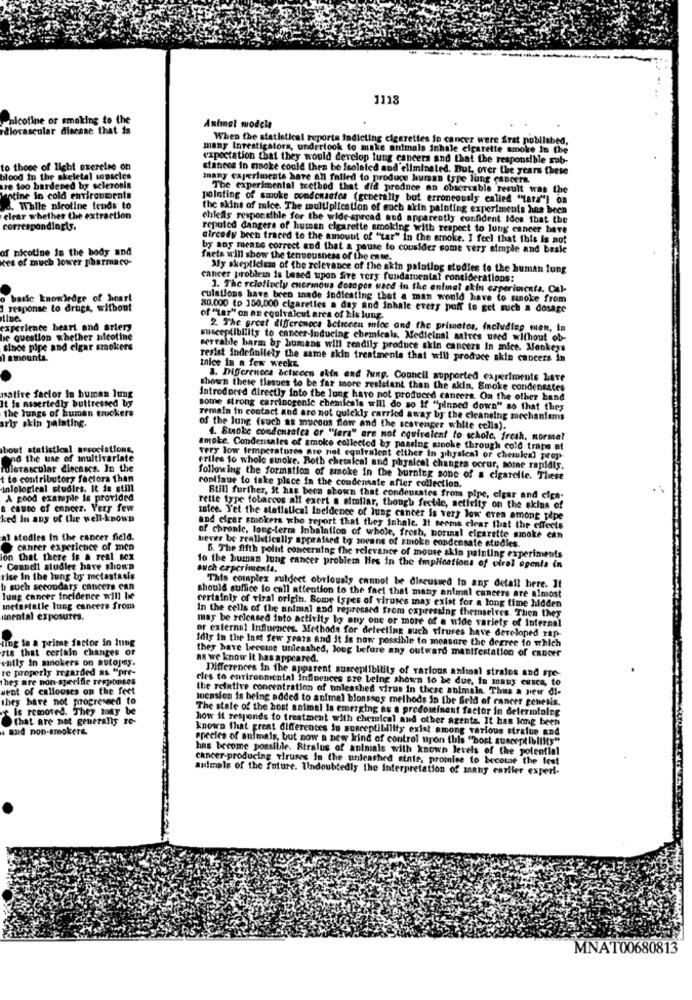
1113
proicofine or smoking to the
rdiovascular disease that is
Animal models
When the statistical reporta Indicting cigarettes in cancer were Srst nobiltbed,
many Investigators, undertook to make animale inhale cigarette smoke in the
expectation that they would develop lung cancers and that the responsible sub-
to those of light exerelse on
stanees in moke could then be isolated and'eliminated. But, over the years these
blood In the skeletal muscles
many cajeriments have an failed to produce bursan type lung cancers.
tre 100 bardened by sclerosis
The experimental trethod that did produce an observable result was the
lentine in cold environments
pointing of smoke condensatea (generally but erroneousis called "tata"] On
d. While nicotine tends to
the skins of mice. The multiplication of such skin painting experiments hes been
clear whether the extraction
chiefls responsible for the wide spread oud apparently confident Idea that the
correspondingty,
reputed dangers of hutsan cigarette smoking with respect to lung cancer have
already been traced to the amount of "tar" in the smoke. I feel that this is not
of nicotine In the body and
by any means correct and that a pause to consider some very simple and basle
kes of much lower pharmaco-
frets will show the tenuousness of the case.
Mly skepticism of the relevance of the akin paintlog studies to the human lung
cancer problemn is based upon fire vers fundamental considerations:
1. The selotiecly encrmnous dosages waed in the animal skin experiments. Cal-
o basic knowledge of heart
culations have been innde indicating that a man would have to manoke from
response to drugs, without
80.000 (p 150,000 cigarettes a day and inhale evers puff to get such a dosage
of "Lar" on ar equivalcut area of his lung.
experience heart and artery
2. The great differenoca &cticcen mice and the primatos, including wien, in
he question whether nicotine
susceptibility to cancer-inducing chemicals, Medicinal satres used without ob-
since pipe and elgar smokers
serrable barm by humans will readily produce skin cancers In mice. Monkeys
1 amounts.
resist indefinitely the same skin treatments that will produce skin cancers in
tnice in a few weeks,
3. Differences acticcen skin and lung. Council supported experiments Lave
thown these tlasues to be far more resistant than the skin, Smoke condensates
satire factor In buman lung
t is assertedly buttressed by
Introduced directly into the lung have not produced cancers. On the other hand
the lungs of human truckers
some Wrong carcinogenic chemicals will do so If "'pinned down" so that they
ris skin painting.
remain in contact and are not quickly carried away by the cleansing mechanisms
of the lung (such as mucous flow and the scavenger white cells).
4. Smoke condensafes or "lara" are not equivalent to scholc, fresh, normal
bout statistical associations,
smoke. Condensales of smoke collected by passing ssooke through cold traps at
Ond the use of multivariate
very low temperatures are not equivalent either in physical or chemleal prop-
idierascular diecasca. In the
Friles to whole smoke. Both chemical and physical changes ocror, somne rapidis.
t to contributory factors than
following the formation of smoke in the burning sone of a cigarette. These
inlological studies, It is still
continue to take place in the condensate after collection.
A good example is provided
Still further, it has been shown that condensates from pipe, cigar and cice-
a cauto of canerz. Very few
rette type tobaccos all exert a similar, though fertile, activity on the skins of
ked In any of the well-known
safee. Yet the statistical Incidence of lung cancer is very low erea among pipe
and clear smokers who report that they inhale. It seems clear that the effects
el stodles In the cancer field.
of chronic, long-term Inhalation of whole, fresh, borinal cigarette smoke can
bever be realistically appraised by mocans of smoke condensate studies.
canter experience of men
ion that there is a real Box
6. The fifth point concerning the relevance of mouse skin painting experiments
Council studies have shown
auch erperimenta.
10 the buman lung cancer problem Hes in the implications of viral ogenta in
rise In the lung by metastasis
b such secondary cancers can
This complex suldect obviously cannot be discussed in any detail here. It
lung cancer Incidence will be
should suffice to call attention to the fact that many animal cancers are almost
meterfalle lung cancers from
certainly of viral origin. Some Ispes of viruses may exist for a long time hidden
imental exposures.
In the cells of the animal and repressed from expressing themselves. Then they
may be released into activity by any one or more of a wide variety of internal
or external Influences. Methods for detecting such viruses have developed rap-
ding to a prime factor in Iung
fly in the Inst few years and it is now possible to measure the degree to which
sts that certain changes or
they have become unleashed, Jong before any outward manifestation of cancer
enily in sanokers on autopsy.
as we know it has appeared.
re properly regarded as "pre-
Differences In the apparent susceptibility of various anion! stralos and Fre-
They are non-specifie responses
cles to environmental influences ere being shown to be due, to maus casca, to
went of callouses on the feet
the relative concentration of unleashed virus in these animals. Thus a new di-
they have not progressed to
Ipension is being added to animal blonsses methods in the field of cancer genesis.
le removed. They may be
The state of the host animal in emerging as a predomisont factor in determining
that are not generalis re-
how il responds to treatment with chemical and other agents. It has long been
and non-smokers.
known that great differences in susceptibility exist among various strafus and
species of animals, but now a new kind of control upon this "bost susceptiblifts"
has become possibile. Stralus of animals with known levels of the potential
cancer-producing viruses In the unleashed state, promise to become the fest
animale of the future. lindoubtedly the interpretation of many carlier experi-
MNAT00680813